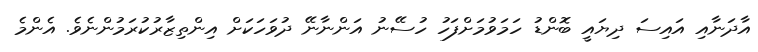
އާދަނާއި އައިސަ ދިޔައީ ބޮންޑު ހަމަވުމަށްފަހު ހުސޭނު އަންނާނޭ ދުވަހަކަށް އިންތިޒާރުކުރަމުންނެވެ. އެންމެ